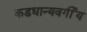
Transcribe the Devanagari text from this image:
कडधान्यवर्गीय